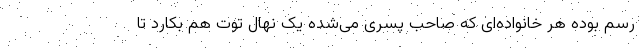
رسم بوده هر خانواده‌ای که صاحب پسری می‌شده یک نهال توت هم بکارد تا